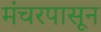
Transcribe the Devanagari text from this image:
मंचरपासून